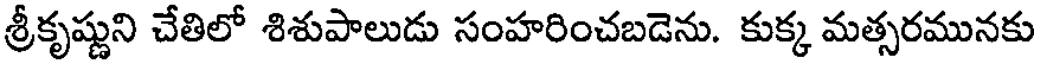
శ్రీకృష్ణుని చేతిలో శిశుపాలుడు సంహరించబడెను. కుక్క మత్సరమునకు